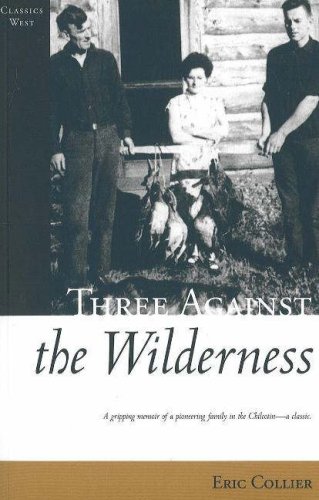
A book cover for Three Against the Wilderness (Classics West Collection); Eric Collier; Biographies & Memoirs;